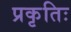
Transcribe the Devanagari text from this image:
प्रकृतिः